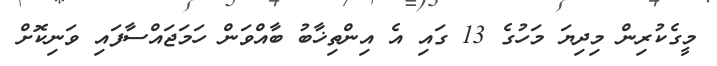
މީގެކުރިން މިދިޔަ މަހުގެ 13 ގައި އެ އިންތިޚާބު ބާއްވަން ހަމަޖައްސާފައި ވަނިކޮށް